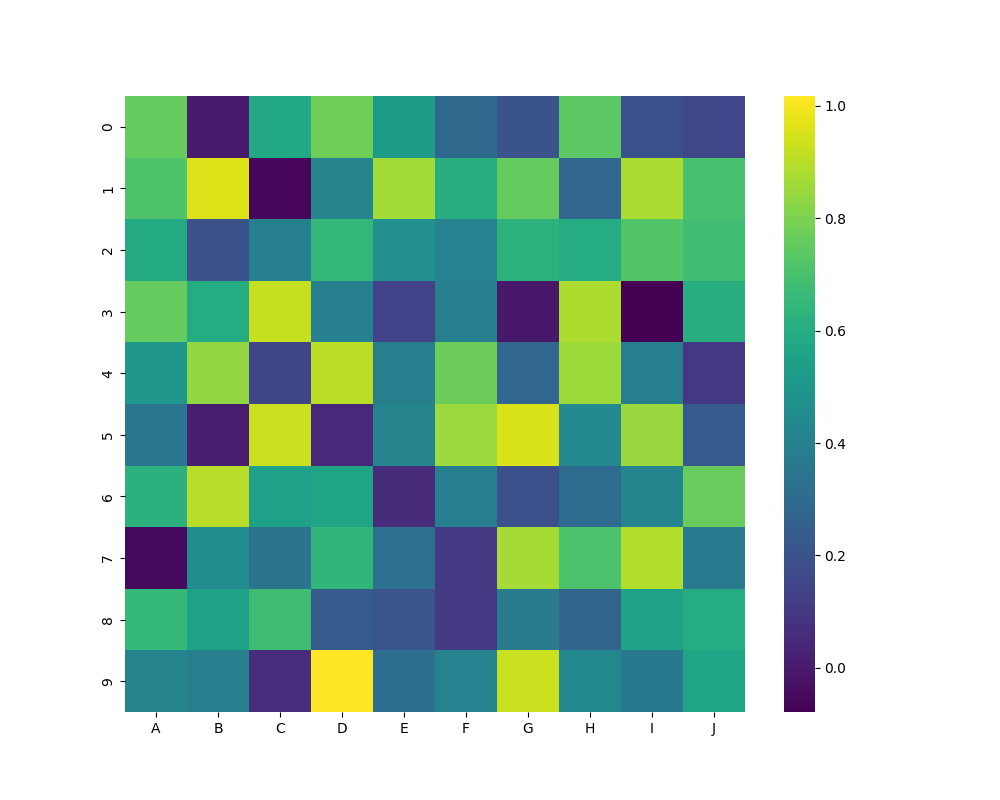
python, seaborn, heatmap, cmap='viridis', linewidths=0.0, center=none